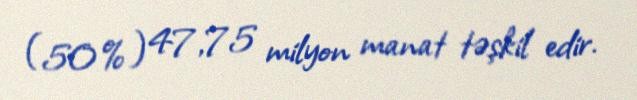
(50%) 47,75 milyon manat təşkil edir.